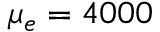
\mu _ { e } = 4 0 0 0